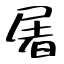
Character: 屠